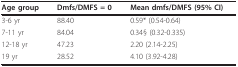
| Age group | Dmfs/DMFS = 0 | Mean dmfs/DMFS (95% CI) |
 | --- | --- | --- |
 | 3-6 yr | 88.40 | 0.59* (0.54-0.64) |
 | 7-11 yr | 84.04 | 0.34§ (0.32-0.335) |
 | 12-18 yr | 47.23 | 2.20 (2.14-2.25) |
 | 19 yr | 28.52 | 4.10 (3.92-4.28) |